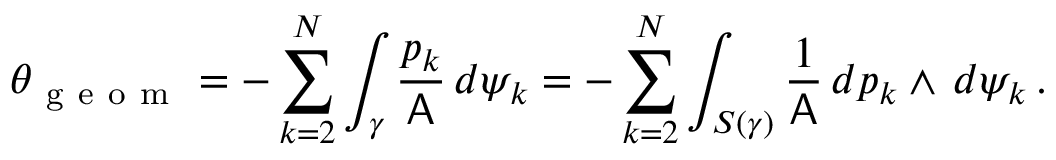
\theta _ { \mathrm { ~ g ~ e ~ o ~ m ~ } } = - \sum _ { k = 2 } ^ { N } \int _ { \gamma } \frac { p _ { k } } { \mathsf { A } } \, d \psi _ { k } = - \sum _ { k = 2 } ^ { N } \int _ { S ( \gamma ) } \frac { 1 } { \mathsf { A } } \, d p _ { k } \wedge \, d \psi _ { k } \, .